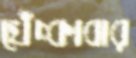
খেঁচ্‌কাবার